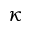
\kappa